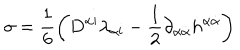
\sigma = \frac { 1 } { 6 } \left( D ^ { \alpha { \mathbf i } } \lambda _ { \alpha { \mathbf i } } - \frac { 1 } { 2 } \partial _ { \alpha { \dot { \alpha } } } h ^ { \alpha { \dot { \alpha } } } \right)